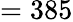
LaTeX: =385